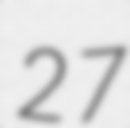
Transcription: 27